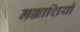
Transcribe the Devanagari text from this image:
नक्काशियाँ